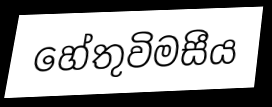
හේතුවිමසීය